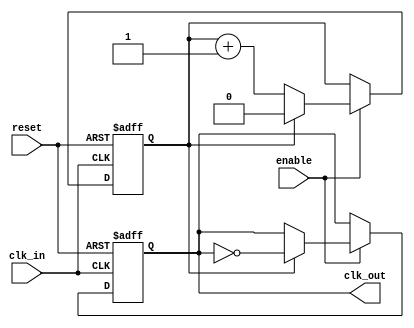
module clock_divider #(
    parameter N = 2  // Division factor, can be set to 2, 4, 8, etc.
)(
    input wire clk_in,      // Input clock
    input wire reset,       // Asynchronous reset
    input wire enable,      // Enable signal
    output reg clk_out      // Output clock
);

    // Internal counter
    reg [$clog2(N)-1:0] counter; // Counter width determined by N

    always @(posedge clk_in or posedge reset) begin
        if (reset) begin
            counter <= 0;
            clk_out <= 0; // Reset output clock
        end else if (enable) begin
            if (counter == (N-1)) begin
                clk_out <= ~clk_out; // Toggle output clock
                counter <= 0; // Reset counter
            end else begin
                counter <= counter + 1; // Increment counter
            end
        end
    end

endmodule